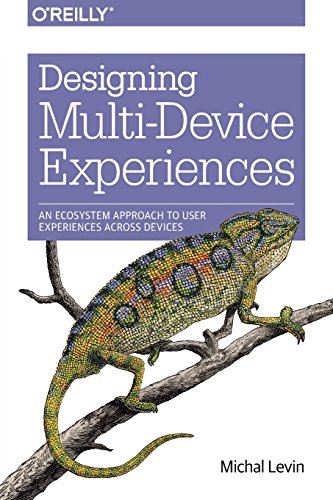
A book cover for Designing Multi-Device Experiences: An Ecosystem Approach to User Experiences across Devices; Michal Levin; Computers & Technology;